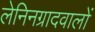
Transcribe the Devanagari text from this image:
लेनिनग्रादवालों